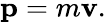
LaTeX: \mathbf{p}=m\mathbf{v}.